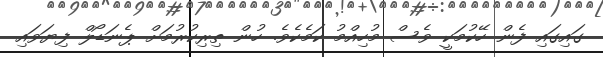
ގައިގައި ފެން ހޭކުމަކީ ވެސް މުހިއްމު ކަމެކެވެ. ހުން ތިރިކުރުމަށް ޕެނަޑޯލް ފިޔަވައި